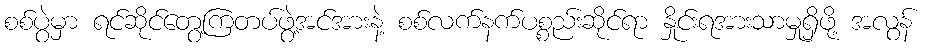
စစ်ပွဲမှာ ရင်ဆိုင်တွေ့ကြတပ်ဖွဲ့အင်အားနဲ့ စစ်လက်နက်ပစ္စည်းဆိုင်ရာ နှိုင်းရအားသာမှုရှိဖို့ အလွန်